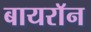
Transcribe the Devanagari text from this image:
बायराॅन